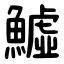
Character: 鱋